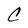
Character: C